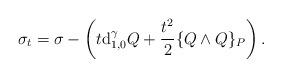
LaTeX: \begin{gather*}\sigma_{t}= \sigma-\left(t\mathrm{d}_{1,0}^{\gamma}Q+\frac{t^{2}}{2}\{Q\wedge Q\}_{P} \right).\end{gather*}